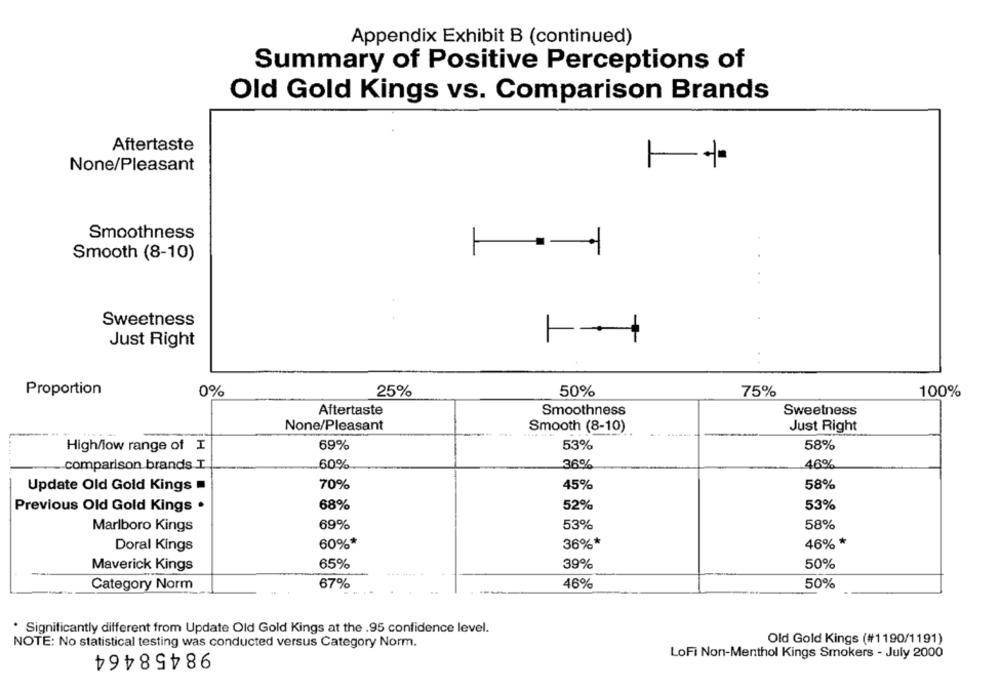
Appendix Exhibit B (continued)
Summary of Positive Perceptions of
Old Gold Kings vs. Comparison Brands
Aftertaste
None/Pleasant
Smoothness
Smooth (8-10)
Sweetness
Just Right
Proportion
0%
25%
50%
75%
100%
Aftertaste
Smoothness
Sweetness
None/Pleasant
Smooth (8-10)
Just Right
High/low range of I
69%
53%
58%
46%
comparison brands I
60%
36%
70%
58%
Update Old Gold Kings =
45%
Previous Old Gold Kings .
68%
52%
53%
69%
53%
58%
Marlboro Kings
Doral Kings
60%*
36%*
46% *
Maverick Kings
65%
39%
50%
Category Norm
67%
46%
50%
. Significantly different from Update Old Gold Kings at the .95 confidence level.
NOTE: No statistical testing was conducted versus Category Norm.
Old Gold Kings (#1190/1191)
98458464
LoFi Non-Menthol Kings Smokers - July 2000